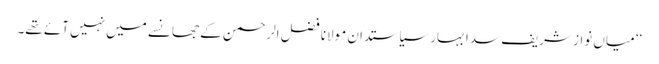
‘‘ میاں نواز شریف سدا بہار سیاستدان مولانا فضل الرحمن کے جھانسے میں نہیں آئے تھے۔